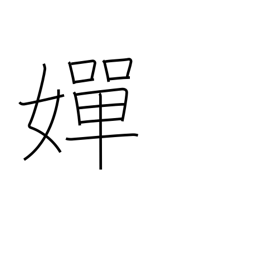
Meaning: beautiful